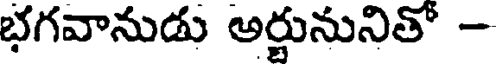
భగవానుడు అర్జునునితో -